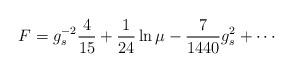
LaTeX: \begin{align*}F=g_s^{-2}{4\over15}+{1\over24}\ln\mu-{7\over1440}{g_s^2} +\cdots\end{align*}